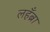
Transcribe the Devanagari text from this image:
लहँब्रा